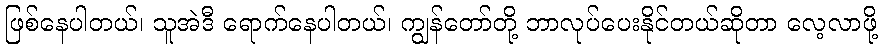
ဖြစ်နေပါတယ်၊ သူအဲဒီ ရောက်နေပါတယ်၊ ကျွန်တော်တို့ ဘာလုပ်ပေးနိုင်တယ်ဆိုတာ လေ့လာဖို့